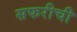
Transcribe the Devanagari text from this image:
सफरीची